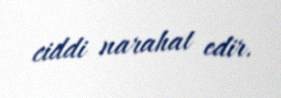
ciddi narahat edir.